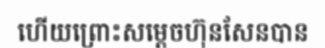
ហើយព្រោះសម្តេចហ៊ុនសែនបាន